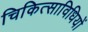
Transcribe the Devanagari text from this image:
चिकित्साविधियों